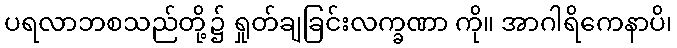
ပရလာဘစသည်တို့၌ ရှုတ်ချခြင်းလက္ခဏာ ကို။ အာဂါရိကေနာပိ၊